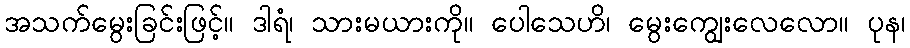
အသက်မွေးခြင်းဖြင့်။ ဒါရံ၊ သားမယားကို။ ပေါသေဟိ၊ မွေးကျွေးလေလော။ ပုန၊